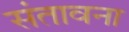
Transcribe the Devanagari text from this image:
संतावना